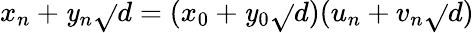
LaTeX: x_{n}+\mathit{y}_{n}{\sqrt{}{{d}}}=(x_{0}+\mathit{y}_{0}{\sqrt{}{{d}}})(u_{n}+v_{n}{\sqrt{}{{d}}})